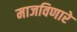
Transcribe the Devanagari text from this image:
माजविणारे